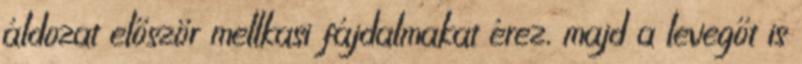
áldozat először mellkasi fájdalmakat érez, majd a levegőt is